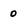
Character: 0